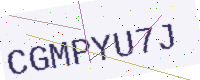
Text: CGMPYU7J